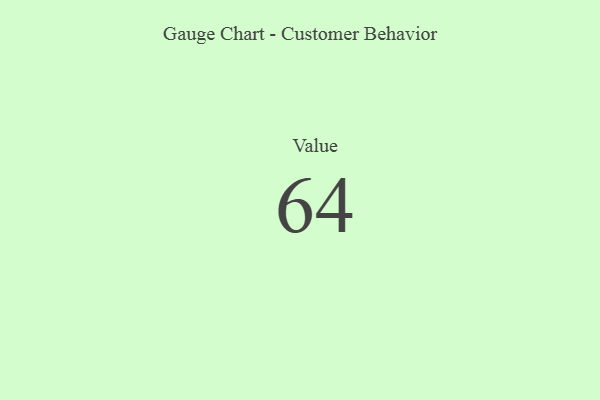
{"axis": {"x": "Metric", "y": "Value"}, "legend": [""], "data": [{"x": "Value", "y": 64, "type": ""}]}